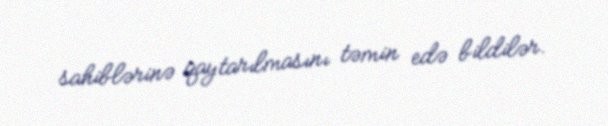
sahiblərinə qaytarılmasını təmin edə bildilər.